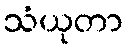
သံယုတာ